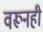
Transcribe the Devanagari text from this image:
वरूनही